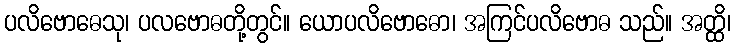
ပလိဗောဓေသု၊ ပလဗောဓတို့တွင်။ ယောပလိဗောဓော၊ အကြင်ပလိဗောဓ သည်။ အတ္ထိ၊